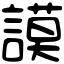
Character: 謨